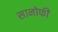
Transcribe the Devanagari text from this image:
सानोफी